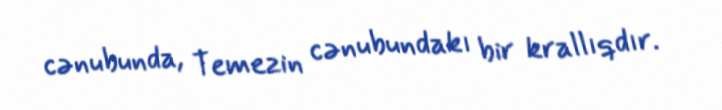
cənubunda, Temezin cənubundakı bir krallıqdır.